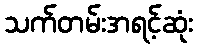
သက်တမ်းအရင့်ဆုံး